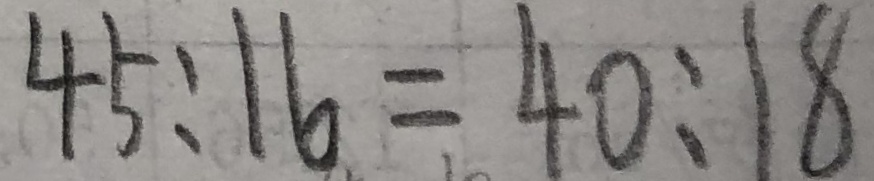
4 5 : 1 6 = 4 0 : 1 8